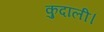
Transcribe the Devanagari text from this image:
कुदाली।